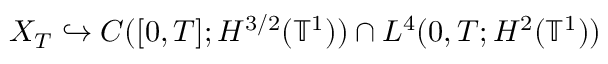
X _ { T } \hookrightarrow C ( [ 0 , T ] ; H ^ { 3 / 2 } ( \ensuremath { \mathbb { T } } ^ { 1 } ) ) \cap L ^ { 4 } ( 0 , T ; H ^ { 2 } ( \ensuremath { \mathbb { T } } ^ { 1 } ) )